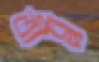
তীব্র্র্র